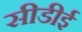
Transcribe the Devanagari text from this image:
सीडीई